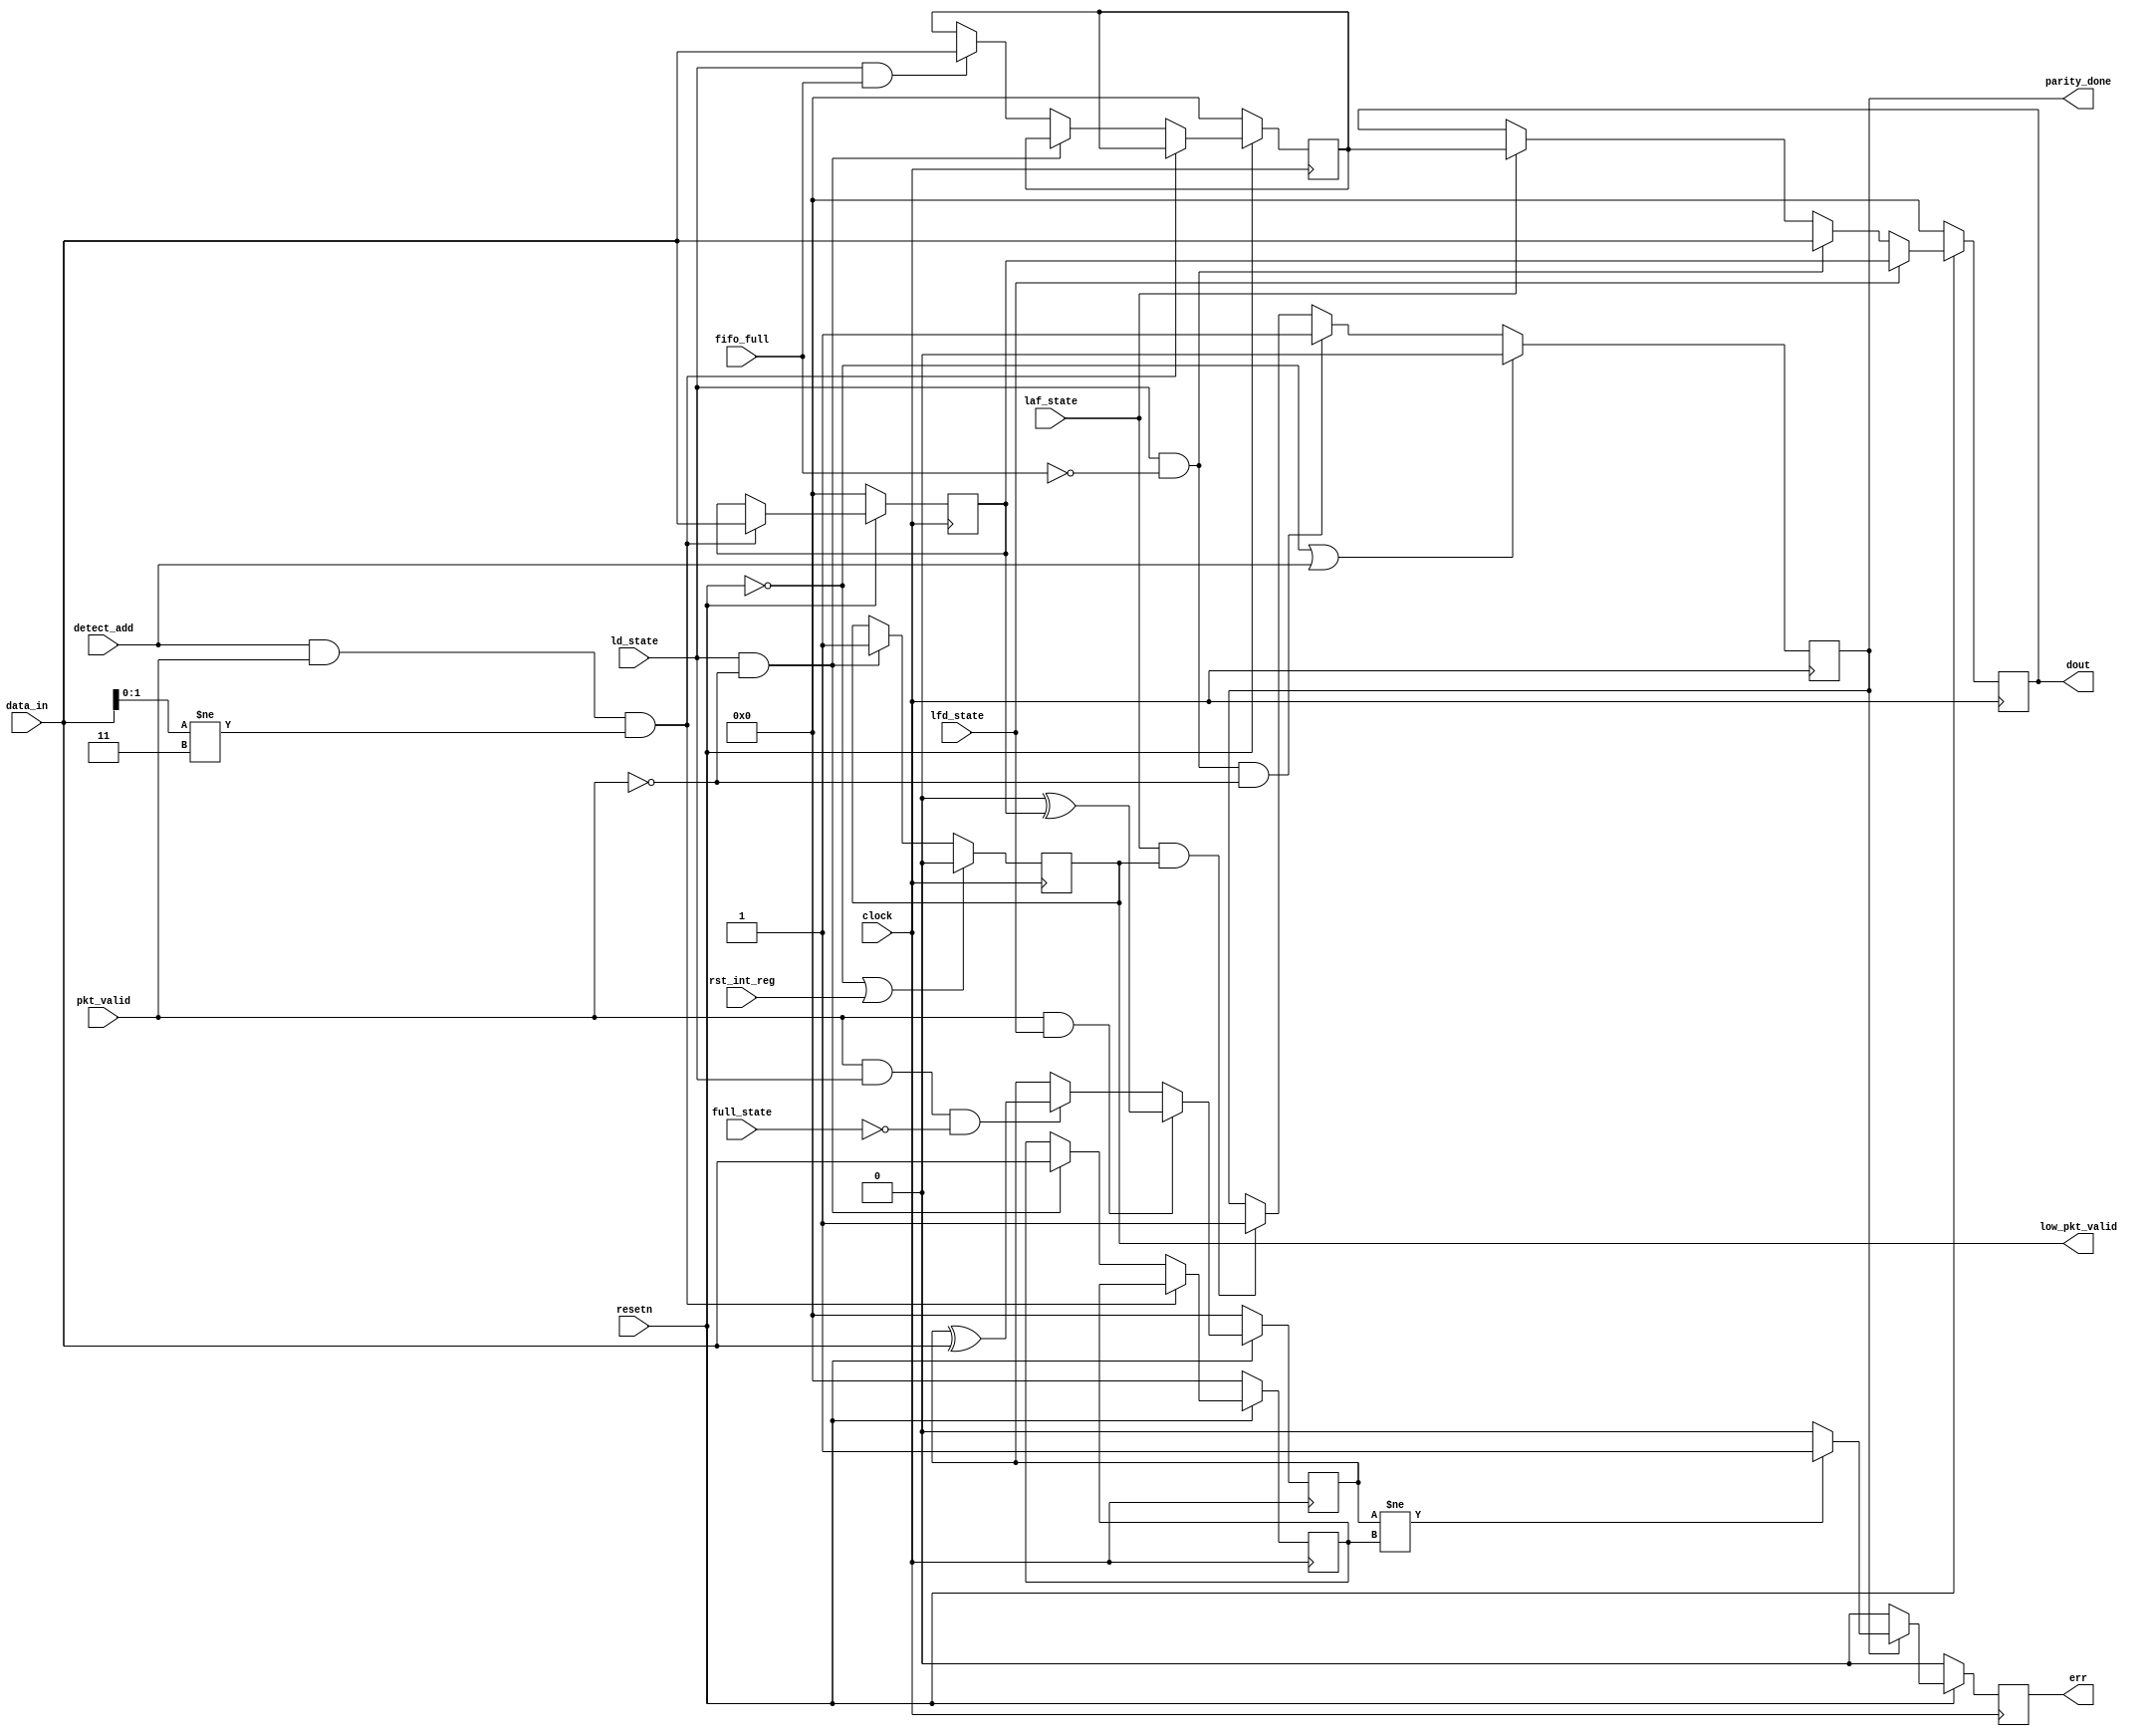
module router_reg(clock,resetn,pkt_valid,data_in,fifo_full,detect_add,ld_state,laf_state,full_state,lfd_state,rst_int_reg,err,parity_done,low_pkt_valid,dout);
  input clock,resetn,pkt_valid,fifo_full,detect_add,ld_state,laf_state,full_state,lfd_state,rst_int_reg;
  input [7:0]data_in;
  output reg err,parity_done,low_pkt_valid;
  output reg [7:0]dout;
   reg [7:0]header_reg,fifo_full_reg,parity_reg,pkt_parity_reg;
  always @(posedge clock)
      begin
         if(~resetn|| detect_add)
            parity_done<=0;
              else if(ld_state && ~fifo_full && ~pkt_valid)
                     		parity_done<=1'b1;		
                   else if(laf_state && low_pkt_valid)
                        begin
                          if(~parity_done)								
								                  parity_done<=1'b1;
								 end
        end


  	 always @(posedge clock)
	    begin
		    if(~resetn || rst_int_reg)
			   low_pkt_valid<=0;
				else if(ld_state==1 && pkt_valid==0)
				       low_pkt_valid<=1;
						 
		 end

   	always @(posedge clock)
	    begin
                  if(~resetn)
                         begin
                           header_reg<=0;
                          fifo_full_reg<=0;
                           pkt_parity_reg<=0;
                         end

            		  else begin  if((detect_add && pkt_valid) && data_in[1:0]!=2'b11)		
                    header_reg<=data_in;
						 else 		if(~pkt_valid && ld_state)
              			                          	pkt_parity_reg<=data_in;
			                                 	 else if(ld_state && fifo_full==1)
                                                               fifo_full_reg<=data_in;

		end						
       end
 
     always @(posedge clock)
        begin
		  if(~resetn)
		      dout<=0;
		  else 
        		begin
           		  if(lfd_state)		  
					  dout<=header_reg;
					  else if(ld_state && ~fifo_full)
					     dout<=data_in;
						  else if(laf_state)
						     dout<=fifo_full_reg;
				end
       end	
		 always @(posedge clock)
         begin
		     if(~resetn)
			    parity_reg<=0;
				 else if(pkt_valid && lfd_state)
				      parity_reg<=0^header_reg;
						else if(pkt_valid && ld_state && ~full_state)
						parity_reg<=parity_reg^data_in;
			end

       always @(posedge clock)
          begin
			   if(~resetn)
				   err<=0;
				else if(parity_done)
                                                   begin
						   if(parity_reg!=pkt_parity_reg)
							   err<=1'b1;
								else
								     err<=0;
						   end
                                    else        err<=0;                            		  
  		      end

endmodule